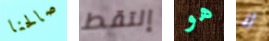
صالحنا إلتقط هو لا